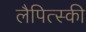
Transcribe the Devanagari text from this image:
लैपित्स्की